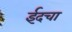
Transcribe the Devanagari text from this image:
ईदचा